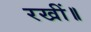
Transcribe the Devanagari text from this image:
रखीं॥